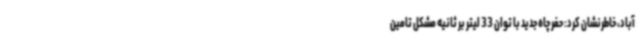
آباد، خاطرنشان کرد: حفر چاه جدید با توان 33 لیتر بر ثانیه مشکل تامین